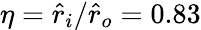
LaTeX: \eta=\hat{r}_{i}/\hat{r}_{o}=0.83